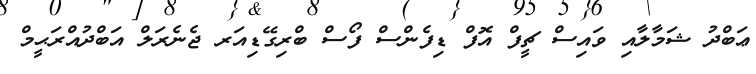
ޢަބްދު ޝަމާލާއި ވައިސް ޗީފް އޮފް ޑިފެންސް ފޯސް ބްރިގޭޑިއަރ ޖެނެރަލް އަބްދުއްރަޙީމް